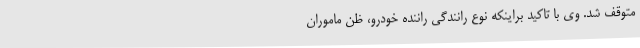
متوقف شد. وی با تاکید براینکه نوع رانندگی راننده خودرو، ظن ماموران